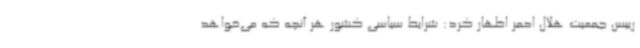
رییس جمعیت هلال احمر اظهار کرد: شرایط سیاسی کشور هر آنچه که می‌خواهد